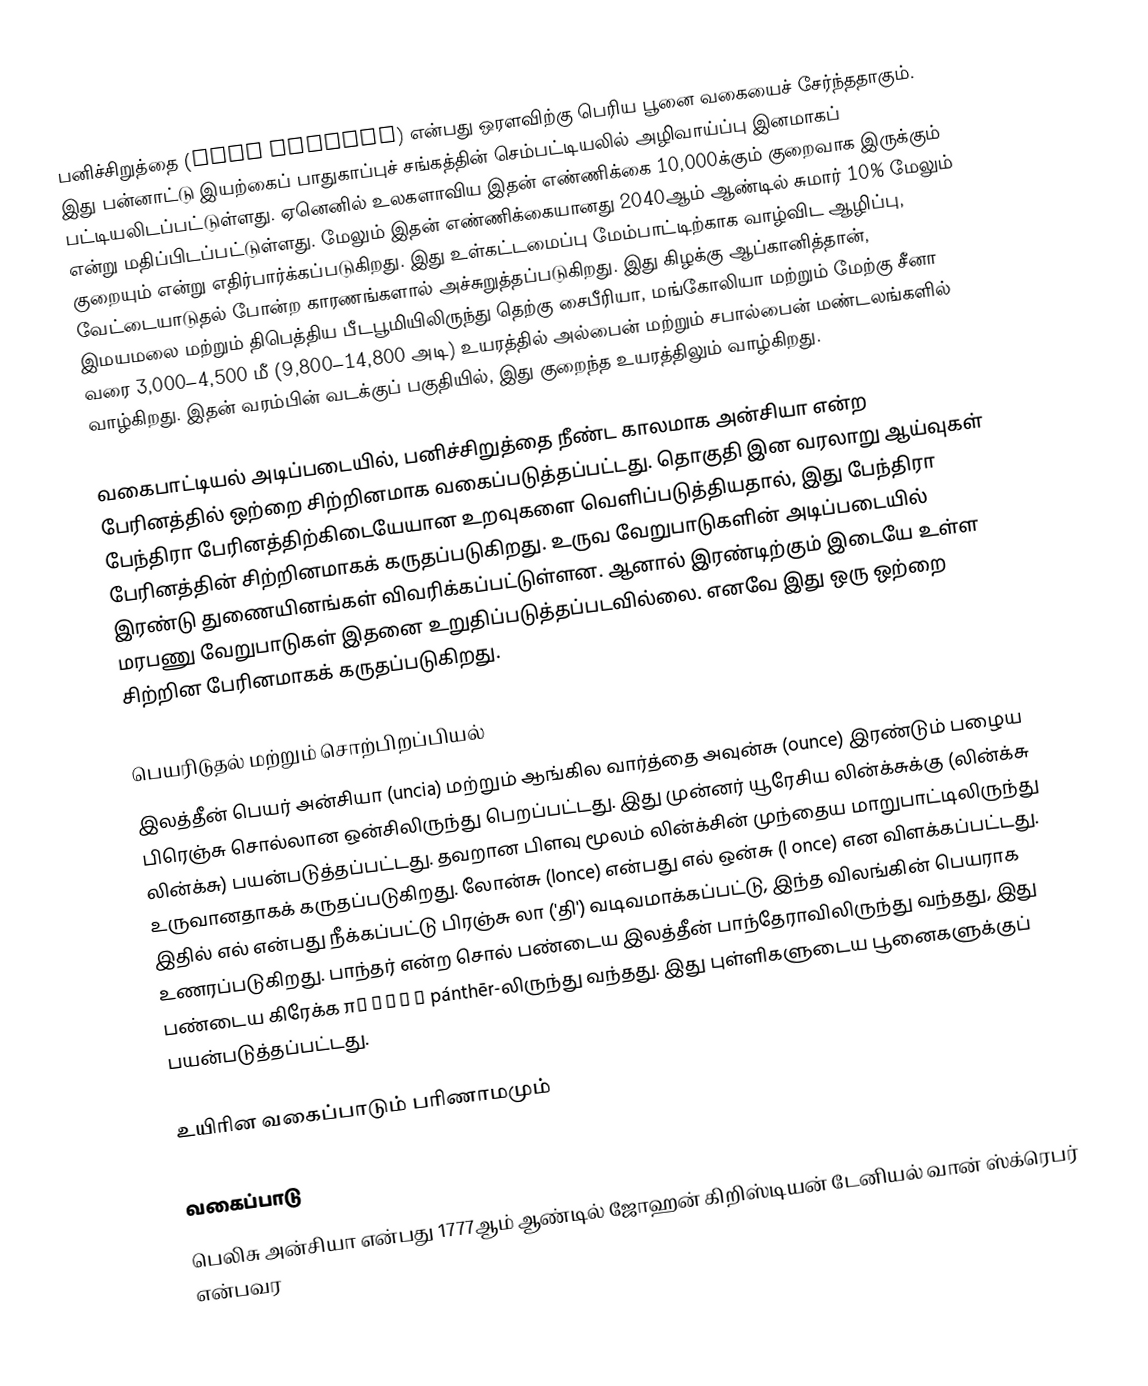
பனிச்சிறுத்தை (Snow leopard) என்பது ஒரளவிற்கு பெரிய பூனை வகையைச் சேர்ந்ததாகும். இது பன்னாட்டு இயற்கைப் பாதுகாப்புச் சங்கத்தின் செம்பட்டியலில் அழிவாய்ப்பு இனமாகப் பட்டியலிடப்பட்டுள்ளது. ஏனெனில் உலகளாவிய இதன் எண்ணிக்கை 10,000க்கும் குறைவாக இருக்கும் என்று மதிப்பிடப்பட்டுள்ளது. மேலும் இதன் எண்ணிக்கையானது 2040ஆம் ஆண்டில் சுமார் 10% மேலும் குறையும் என்று எதிர்பார்க்கப்படுகிறது. இது உள்கட்டமைப்பு மேம்பாட்டிற்காக வாழ்விட ஆழிப்பு, வேட்டையாடுதல் போன்ற காரணங்களால் அச்சுறுத்தப்படுகிறது. இது கிழக்கு ஆப்கானித்தான், இமயமலை மற்றும் திபெத்திய பீடபூமியிலிருந்து தெற்கு சைபீரியா, மங்கோலியா மற்றும் மேற்கு சீனா வரை 3,000–4,500 மீ (9,800–14,800 அடி) உயரத்தில் அல்பைன் மற்றும் சபால்பைன் மண்டலங்களில் வாழ்கிறது. இதன் வரம்பின் வடக்குப் பகுதியில், இது குறைந்த உயரத்திலும் வாழ்கிறது.

வகைபாட்டியல் அடிப்படையில், பனிச்சிறுத்தை நீண்ட காலமாக அன்சியா என்ற பேரினத்தில் ஒற்றை சிற்றினமாக வகைப்படுத்தப்பட்டது. தொகுதி இன வரலாறு ஆய்வுகள் பேந்திரா பேரினத்திற்கிடையேயான உறவுகளை வெளிப்படுத்தியதால், இது பேந்திரா பேரினத்தின் சிற்றினமாகக் கருதப்படுகிறது. உருவ வேறுபாடுகளின் அடிப்படையில் இரண்டு துணையினங்கள் விவரிக்கப்பட்டுள்ளன. ஆனால் இரண்டிற்கும் இடையே உள்ள மரபணு வேறுபாடுகள் இதனை உறுதிப்படுத்தப்படவில்லை. எனவே இது ஒரு ஒற்றை சிற்றின பேரினமாகக் கருதப்படுகிறது.

பெயரிடுதல் மற்றும் சொற்பிறப்பியல்
இலத்தீன் பெயர் அன்சியா (uncia) மற்றும் ஆங்கில வார்த்தை அவுன்சு (ounce) இரண்டும் பழைய பிரெஞ்சு சொல்லான ஒன்சிலிருந்து பெறப்பட்டது. இது முன்னர் யூரேசிய லின்க்சுக்கு (லின்க்சு லின்க்சு) பயன்படுத்தப்பட்டது. தவறான பிளவு மூலம் லின்க்சின் முந்தைய மாறுபாட்டிலிருந்து உருவானதாகக் கருதப்படுகிறது. லோன்சு (lonce) என்பது எல் ஒன்சு (l once) என விளக்கப்பட்டது. இதில் எல் என்பது நீக்கப்பட்டு பிரஞ்சு லா ('தி') வடிவமாக்கப்பட்டு, இந்த விலங்கின் பெயராக உணரப்படுகிறது. பாந்தர் என்ற சொல் பண்டைய இலத்தீன் பாந்தேராவிலிருந்து வந்தது, இது பண்டைய கிரேக்க πάνθηρ pánthēr-லிருந்து வந்தது. இது புள்ளிகளுடைய பூனைகளுக்குப் பயன்படுத்தப்பட்டது.

உயிரின வகைப்பாடும் பரிணாமமும்

வகைப்பாடு
பெலிசு அன்சியா என்பது 1777ஆம் ஆண்டில் ஜோஹன் கிறிஸ்டியன் டேனியல் வான் ஸ்க்ரெபர் என்பவர